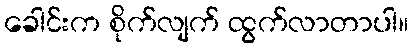
ခေါင်းက စိုက်လျက် ထွက်လာတာပါ။